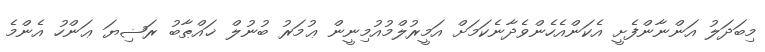
މިބަދަލު އަންނާންފެށީ އެކަންއެހެންވެދާނެކަމަށް އަމީރުލްމުއުމިނީން ޢުމަރު ބުނުލް ޚައްޠާބު ރަޟިޔަ ޢަންހު އެންމެ